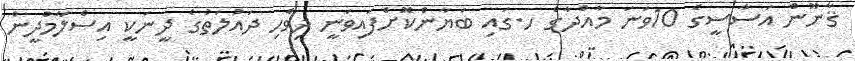
ޤާނޫން އަސާސީގެ 10ވަނަ މާއްދާގެ ހ.ގައި ބަޔާންކޮށްފައިވަނީ ދިވެހި ދައުލަތުގެ ދީނަކީ އިސްލާމްދީން